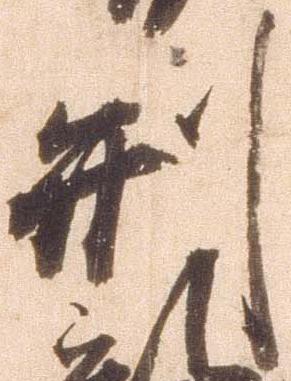
形